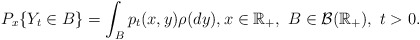
\begin{align*}P_{x}\{Y_t \in B\}=\int_{B}p_t(x,y)\rho (dy), x \in \mathbb{R}_{+}, \ B \in \mathcal{B}(\mathbb{R}_{+}), \ t>0.\end{align*}